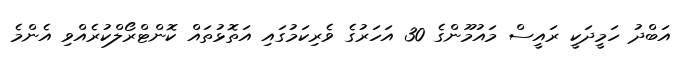
އަބްދު ހަމީދަކީ ރައީސް މައުމޫންގެ 30 އަހަރުގެ ވެރިކަމުގައި އަތޮޅުތައް ކޮންޓްރޯލްކުރެއްވި އެންމެ